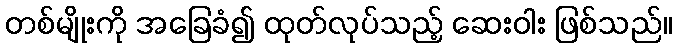
တစ်မျိုးကို အခြေခံ၍ ထုတ်လုပ်သည့် ဆေးဝါး ဖြစ်သည်။